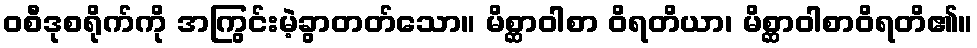
ဝစီဒုစရိုက်ကို အကြွင်းမဲ့ခွာတတ်သော။ မိစ္ဆာဝါစာ ဝိရတိယာ၊ မိစ္ဆာဝါစာဝိရတိ၏။